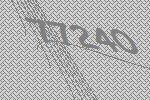
77240